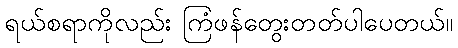
ရယ်စရာကိုလည်း ကြံဖန်တွေးတတ်ပါပေတယ်။